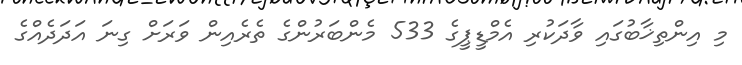
މި އިންތިޚާބުގައި ވާދަކުރި އެމްޑީޕީގެ 533 މެންބަރުންގެ ތެރެއިން ވަރަށް ގިނަ އަދަދެއްގެ